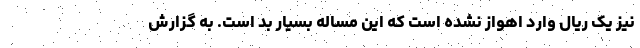
نیز یک ریال وارد اهواز نشده است که این مساله بسیار بد است. به گزارش